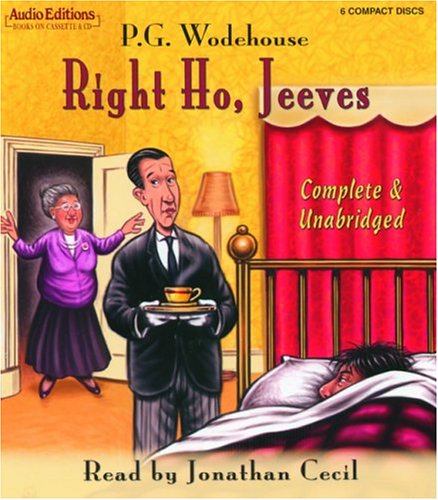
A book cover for Right Ho, Jeeves (Audio Editions); P.G. Wodehouse; Humor & Entertainment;